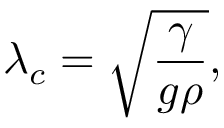
\lambda _ { c } = \sqrt { \frac { \gamma } { g \rho } } ,